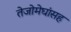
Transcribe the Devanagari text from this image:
तेजोमेघांसह